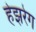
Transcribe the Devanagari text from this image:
हेझरेग